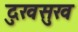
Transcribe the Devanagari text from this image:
दुखसुख